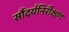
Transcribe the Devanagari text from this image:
सौंदर्यनिरीक्षण